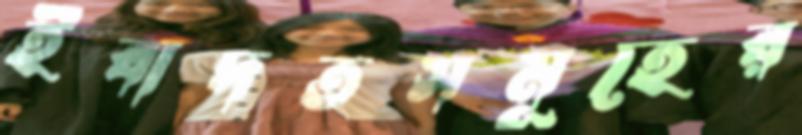
ইবাদতসমূহের